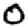
Digit: 0